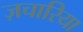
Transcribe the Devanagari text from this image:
ज़चारिया